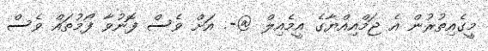
މީގެއިތުރުން އެ ޖަމްއިއްޔާގެ އީމެއިލް @-. އަށް ވެސް ފޮނުވާ ފޯމުތައް ވެސް